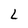
Character: L